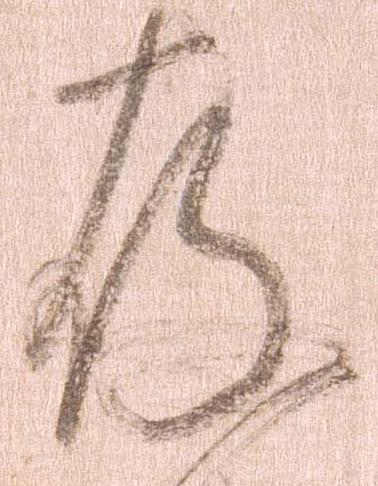
存